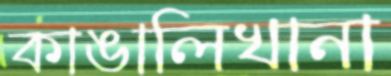
কাঙালিখানা